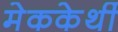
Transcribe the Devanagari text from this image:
मेककेर्थी